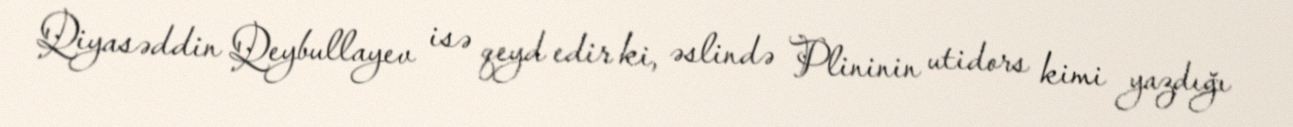
Qiyasəddin Qeybullayev isə qeyd edir ki, əslində Plininin utidors kimi yazdığı